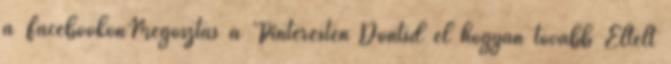
a FacebookonMegosztás a Pinteresten Döntsd el hogyan tovább Eltelt